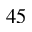
^ Ḋ 4 5 Ḍ